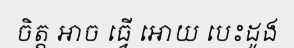
ចិត្ត អាច ធ្វើ អោយ បេះដូង